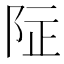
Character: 𱀌